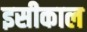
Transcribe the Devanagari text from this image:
इसीकाल